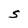
Character: S